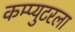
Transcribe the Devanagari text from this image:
कम्प्युटरला